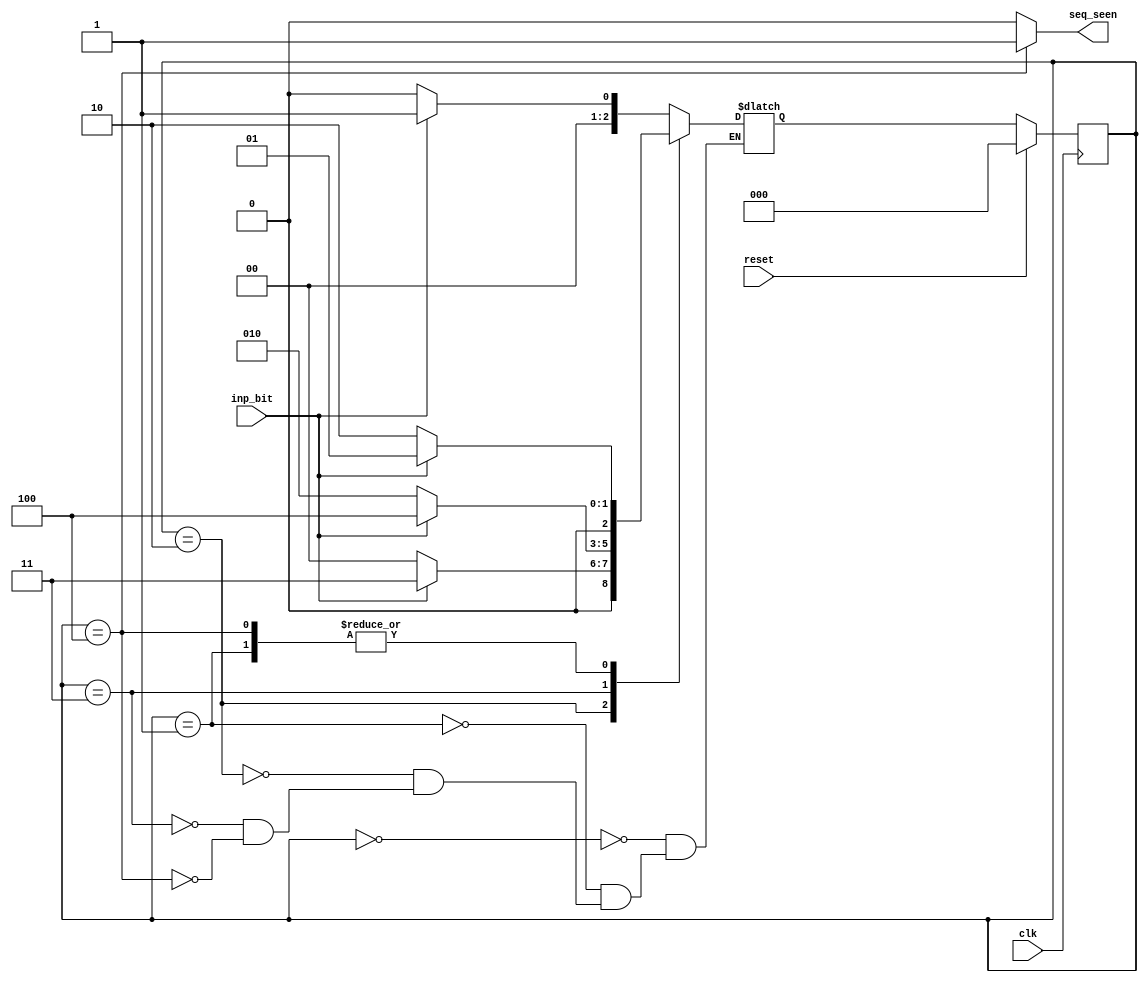
module seq_detect_1011(seq_seen, inp_bit, reset, clk);

  output seq_seen;
  input inp_bit;
  input reset;
  input clk;

  parameter IDLE = 0,
            SEQ_1 = 1, 
            SEQ_10 = 2,
            SEQ_101 = 3,
            SEQ_1011 = 4;

  reg [2:0] current_state, next_state;

  // if the current state of the FSM has the sequence 1011, then the output is
  // high
  assign seq_seen = current_state == SEQ_1011 ? 1 : 0;

  // state transition
  always @(posedge clk)
  begin
    if(reset)
    begin
      current_state <= IDLE;
    end
    else
    begin
      current_state <= next_state;
    end
  end

  // state transition based on the input and current state
  always @(inp_bit or current_state)
  begin
    case(current_state)
      IDLE:
      begin
        if(inp_bit == 1)
          next_state = SEQ_1;
        else
          next_state = IDLE;         
      end
      SEQ_1:
      begin
        if(inp_bit == 1)
          next_state = SEQ_1;           
        else
          next_state = SEQ_10;
      end
      SEQ_10:
      begin
        if(inp_bit == 1)
          next_state = SEQ_101;
        else
          next_state = IDLE;
      end
      SEQ_101:
      begin
        if(inp_bit == 1)
          next_state = SEQ_1011;
        else
          next_state = SEQ_10;           
      end
      SEQ_1011:
      begin
        if(inp_bit == 1)
          next_state = SEQ_1;
        else
          next_state = SEQ_10;           
      end
    endcase
  end
endmodule